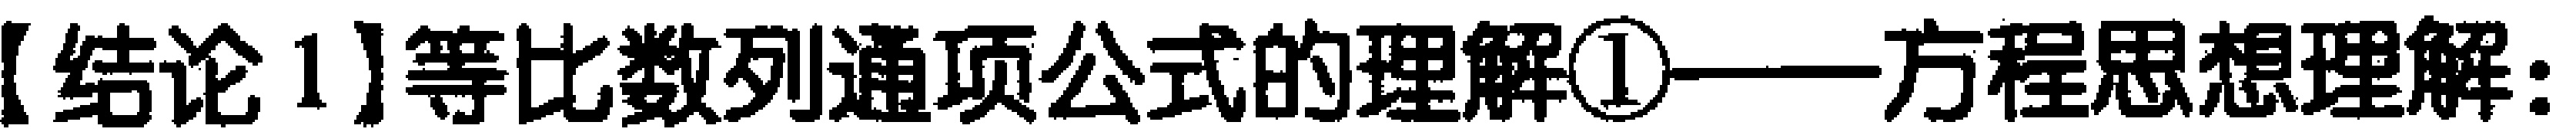
【结论1】等比数列通项公式的理解\textcircled{1}——方程思想理解：